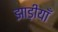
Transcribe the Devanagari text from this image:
झाड़ीयाँ